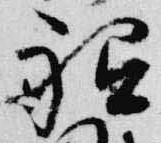
祗